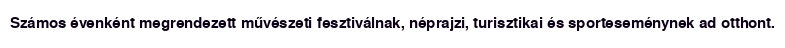
Számos évenként megrendezett művészeti fesztiválnak, néprajzi, turisztikai és sporteseménynek ad otthont.